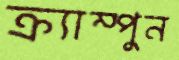
ক্র্যাম্পুন